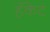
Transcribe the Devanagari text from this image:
हॅकेट